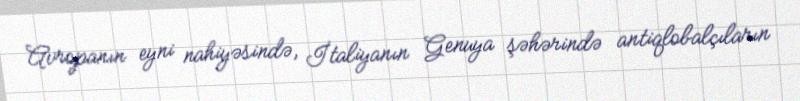
Avropanın eyni nahiyəsində, İtaliyanın Genuya şəhərində antiqlobalçıların